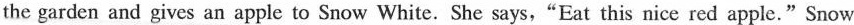
the garden and gives an apple to Snow White. She says,"Eat this nice red apple."Snow